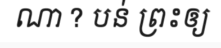
ណា ? បន់ ព្រះឲ្យ